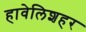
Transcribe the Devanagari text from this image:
हावेलिशहर